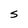
Character: S